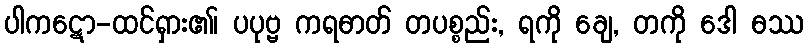
ပါကဋော-ထင်ရှား၏၊ ပပုဗ္ဗ ကရဓာတ် တပစ္စည်း, ရကို ချေ, တကို ဒေါ ဓဿ